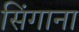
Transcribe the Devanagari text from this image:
सिंगाना